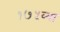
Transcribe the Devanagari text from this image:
१७५व्या